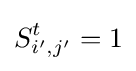
S_{i',j'}^{t}=1